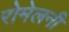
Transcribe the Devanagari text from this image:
रोमेलनी